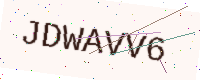
Text: JDWAVV6